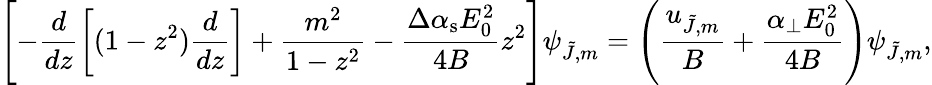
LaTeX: \left[-\frac{d}{dz}\left[(1-z^{2})\frac{d}{dz}\right]+\frac{m^{2}}{1-z^{2}}-\frac{\Delta\alpha_{\mathrm{s}}E_{0}^{2}}{4B}z^{2}\right]\psi_{\tilde{J},m}=\left(\frac{u_{\tilde{J},m}}{B}+\frac{\alpha_{\perp}E_{0}^{2}}{4B}\right)\psi_{\tilde{J},m},